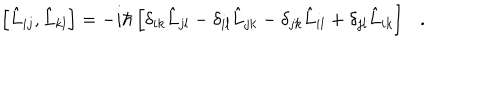
\left[ \hat { L } _ { i j } , \hat { L } _ { k l } \right] = - i \hbar \left[ \delta _ { i k } \hat { L } _ { j l } - \delta _ { i l } \hat { L } _ { j k } - \delta _ { j k } \hat { L } _ { i l } + \delta _ { j l } \hat { L } _ { i k } \right] \ \ \ .